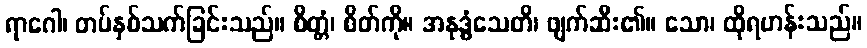
ရာဂေါ၊ တပ်နှစ်သက်ခြင်းသည်။ စိတ္တံ၊ စိတ်ကို။ အနုဒ္ဓံသေတိ၊ ဖျက်ဆီး၏။ သော၊ ထိုရဟန်းသည်။